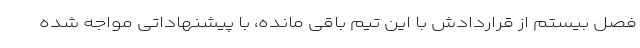
فصل بیستم از قراردادش با این تیم باقی مانده، با پیشنهاداتی مواجه شده